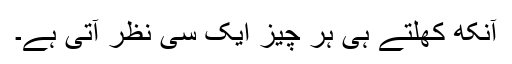
آنکھ کھلتے ہی ہر چیز ایک سی نظر آتی ہے۔